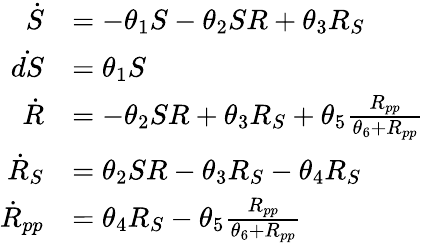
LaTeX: \begin{array}{rl}{\dot{S}}&{=-\theta_{1}S-\theta_{2}SR+\theta_{3}R_{S}}\\ {\dot{dS}}&{=\theta_{1}S}\\ {\dot{R}}&{=-\theta_{2}SR+\theta_{3}R_{S}+\theta_{5}\frac{R_{pp}}{\theta_{6}+R_{pp}}}\\ {\dot{R}_{S}}&{=\theta_{2}SR-\theta_{3}R_{S}-\theta_{4}R_{S}}\\ {\dot{R}_{pp}}&{=\theta_{4}R_{S}-\theta_{5}\frac{R_{pp}}{\theta_{6}+R_{pp}}}\end{array}